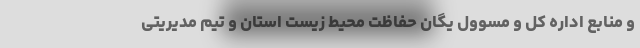
و منابع اداره کل و مسوول یگان حفاظت محیط زیست استان و تیم مدیریتی